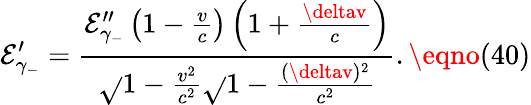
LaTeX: \mathcal{E}_{\gamma_{-}}^{\prime}=\frac{{\mathcal{E}_{\gamma_{-}}^{\prime\prime}\left(1-\frac{{v}}{{c}}\right)\left(1+\frac{{\deltav}}{{c}}\right)}}{{\sqrt{}{{1-\frac{{v^{2}}}{{c^{2}}}}}\sqrt{}{{1-\frac{{(\deltav)^{2}}}{{c^{2}}}}}}}.\eqno(40)